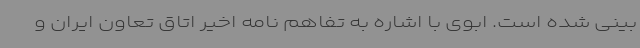
بینی شده است. ابوی با اشاره به تفاهم نامه اخیر اتاق تعاون ایران و